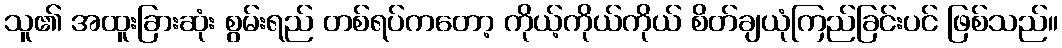
သူ၏ အထူးခြားဆုံး စွမ်းရည် တစ်ရပ်ကတော့ ကိုယ့်ကိုယ်ကိုယ် စိတ်ချယုံကြည်ခြင်းပင် ဖြစ်သည်။